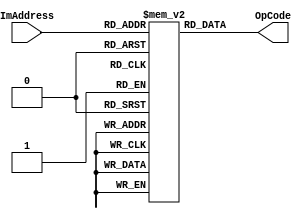
module IM(OpCode,ImAddress);
	input [4:0] ImAddress;
	
	output [31:0]  OpCode;
	
	reg[31:0] OPCode;
	reg [31:0]  IMem[1023:0];
	
	initial
	begin
	  IMem[0] = 32'h341d000c;
	  IMem[1] = 32'h34021234;
	  IMem[2] = 32'h34033456;
	  IMem[3] = 32'h00432021;
	  IMem[4] = 32'h00643023;
	  IMem[5] = 32'hac020000;
	  IMem[6] = 32'hac030004;
	  IMem[7] = 32'hafa40004;
	  IMem[8] = 32'h8c050000;
	  IMem[9] = 32'h10450001;
	  IMem[10] = 32'h8fa30004;
	  IMem[11] = 32'h8c050004;
	  IMem[12] = 32'h1065fffd;
	  IMem[13] = 32'h0c000c0e;
	  IMem[14] = 32'h00c23023;
	  IMem[15] = 32'hafa6fffc;
	  IMem[16] = 32'h1064ffff;
	 end

	
	always@(ImAddress)
	begin
		OPCode = IMem[ImAddress[4:0]];
	end
	assign OpCode = OPCode;
endmodule